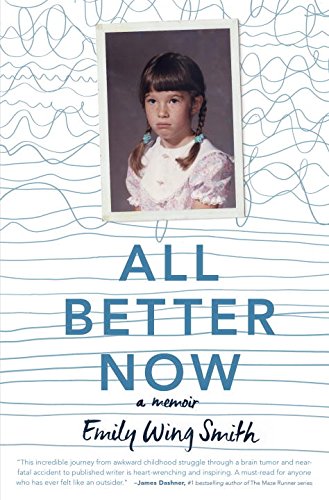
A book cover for All Better Now; Emily Wing Smith; Teen & Young Adult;